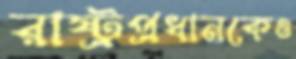
রাষ্ট্রপ্রধানকেও